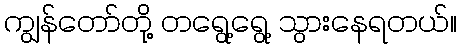
ကျွန်တော်တို့ တရွေ့ရွေ့ သွားနေရတယ်။